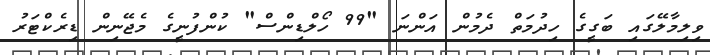
ވިލިމާލޭގައި ބަގީގެ ހިދުމަތް ދެމުން އަންނަ "99 ހޯލްޑިންސް" ކުންފުނީގެ މެޖޭނިން ޑިރެކްޓަރު